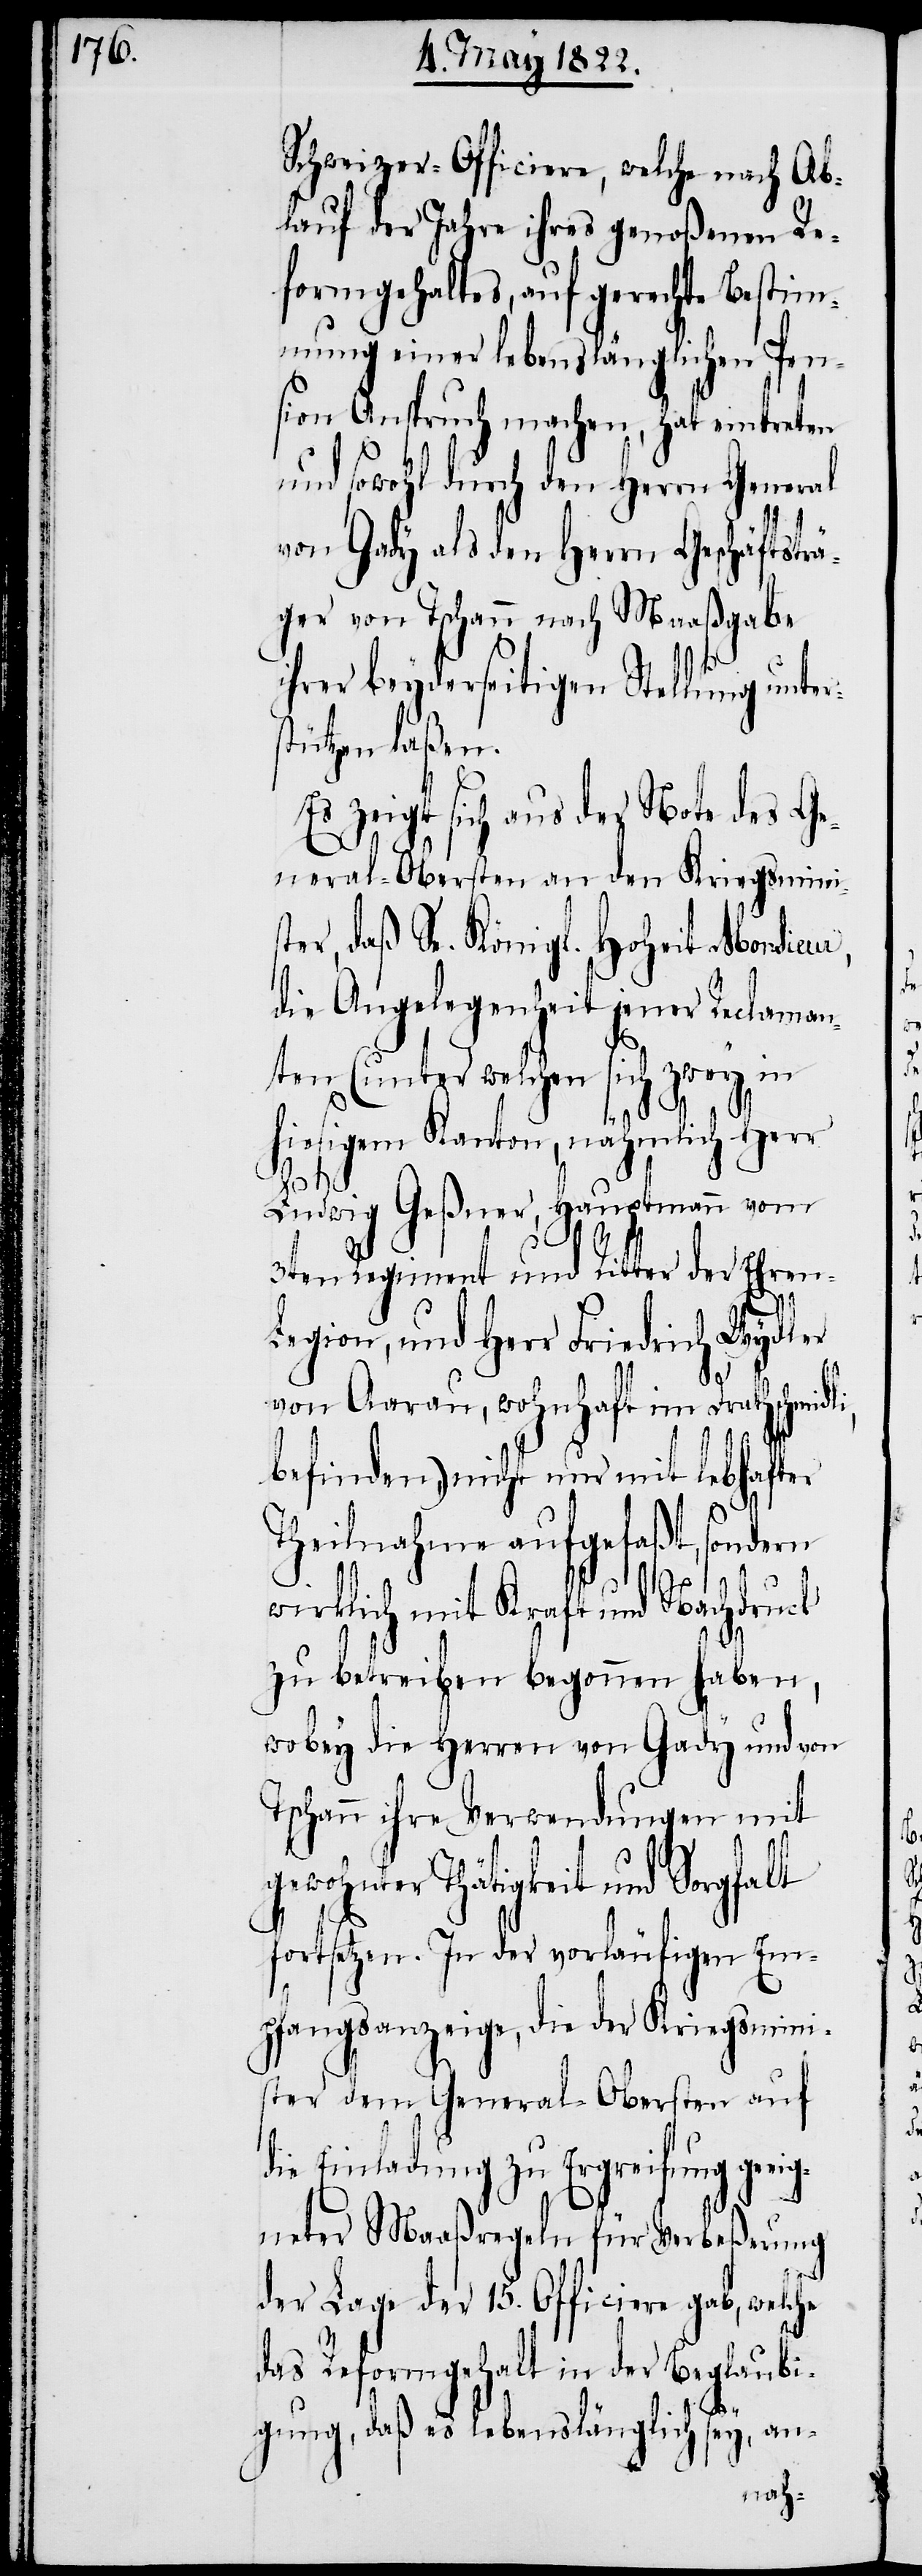
Schweizer-Officiere, welche nach Ab¬
lauf der Jahre ihres genoßenen Re¬
formgehaltes, auf gerechte Bestim¬
mung einer lebenslänglichen Pen¬
sion Anspruch machen, hat eintreten
und sowohl durch den Herrn General
von Gady als den Herrn Geschäftstr¬
äger von Tschann nach Maaßgabe
ihrer beyderseitigen Stellung unter¬
stützen laßen.
Es zeigt sich aus der Note des Ge¬
neral-Obersten an den Kriegsminis¬
ter, daß Se. Königl. Hoheit Monsieur,
die Angelegenheit jener Reclaman¬
ten (unter welchen sich zwey in
hiesigem Kanton, nähmlich Herr
alt
Ludwig Geßner, Hauptmann vom
3ten Regiment und Ritter der Ehren-L¬
egion, und Herr Friedrich Wydler
von Aarau, wohnhaft im Drathschmid¬
befinden), nicht nur mit lebhafter
Theilnahme aufgefaßt, sondern
wirklich mit Kraft und Nachdruck
zu betreiben begonnen haben,
wobey die Herren von Gady und von
Tschann ihre Verwendungen mit
gewohnter Thätigkeit und Sorgf¬
fortsetzen. In der vorläufigen Em¬
pfangsanzeige, die der Kriegsmini¬
ster dem General-Obersten auf
die Einladung zu Ergreifung gee¬
igneter Maaßregeln für Verbeßerung
der Lage der 15. Officiere gab, welche
das Reformgehalt in der Beglaubi¬
gung, daß es lebenslänglich sey, an-